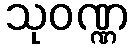
သုဝဏ္ဏ